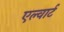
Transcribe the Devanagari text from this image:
एल्वार्ट